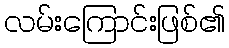
လမ်းကြောင်းဖြစ်၏